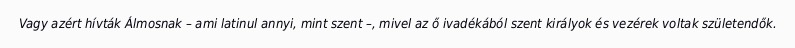
Vagy azért hívták Álmosnak – ami latinul annyi, mint szent –, mivel az ő ivadékából szent királyok és vezérek voltak születendők.